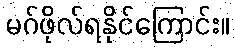
မဂ်ဖိုလ်ရနိုင်ကြောင်း။